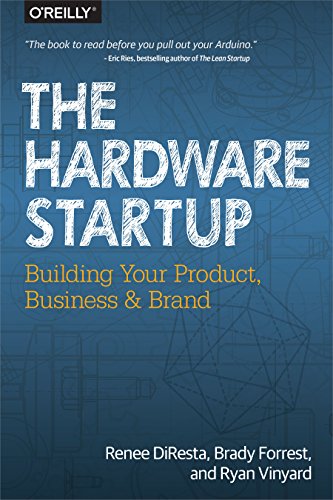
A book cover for The Hardware Startup: Building Your Product, Business, and Brand; Renee DiResta; Arts & Photography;